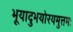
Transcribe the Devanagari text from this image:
भूयादुभयोरयमुत्तमः